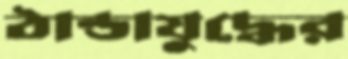
ঠান্ডাযুদ্ধের